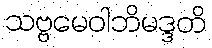
သဗ္ဗမေဝါဘိမဒ္ဒတိ